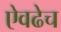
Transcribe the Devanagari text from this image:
ऐवढेच